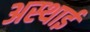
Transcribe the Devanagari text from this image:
अस्‍थाई